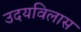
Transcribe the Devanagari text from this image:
उदयविलास